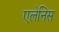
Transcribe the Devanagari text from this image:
एलेनिस